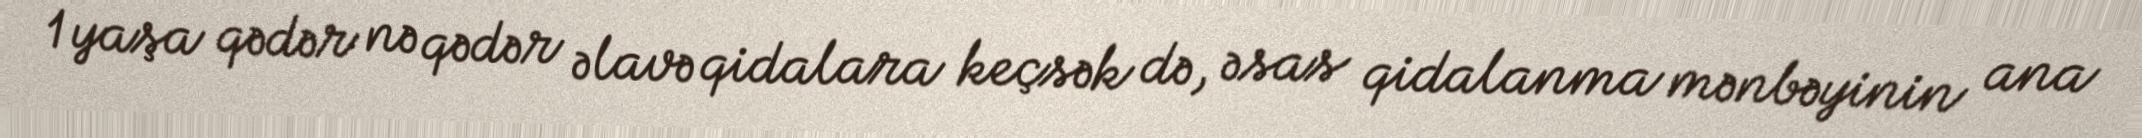
1 yaşa qədər nə qədər əlavə qidalara keçsək də, əsas qidalanma mənbəyinin ana